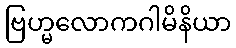
ဗြဟ္မလောကဂါမိနိယာ